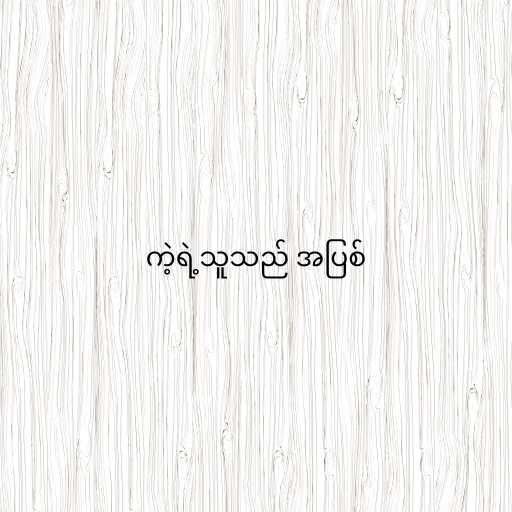
ကဲ့ရဲ့သူသည် အပြစ်